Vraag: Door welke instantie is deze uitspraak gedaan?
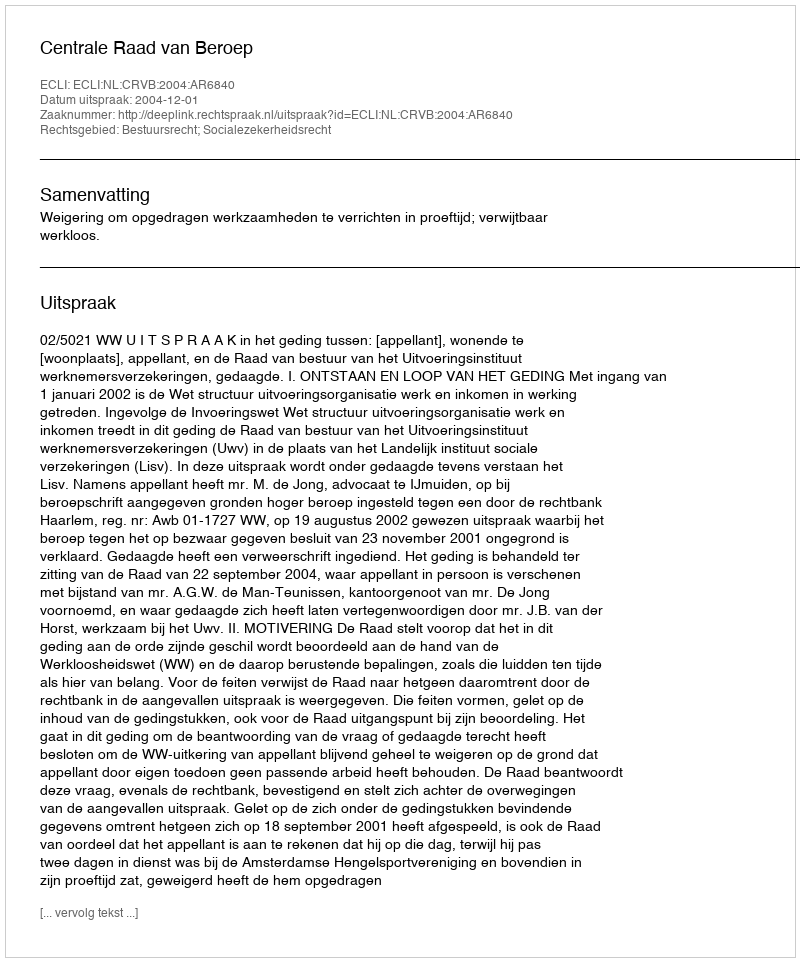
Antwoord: Centrale Raad van Beroep